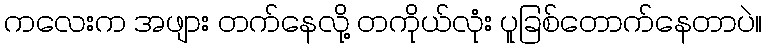
ကလေးက အဖျား တက်နေလို့ တကိုယ်လုံး ပူခြစ်တောက်နေတာပဲ။